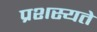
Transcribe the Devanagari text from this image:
प्रशस्यते